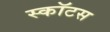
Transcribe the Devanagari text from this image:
स्कॉटस